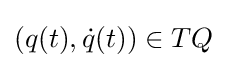
(q(t),{\dot {q}}(t))\in TQ